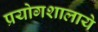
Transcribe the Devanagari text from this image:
प्रयोगशालाये